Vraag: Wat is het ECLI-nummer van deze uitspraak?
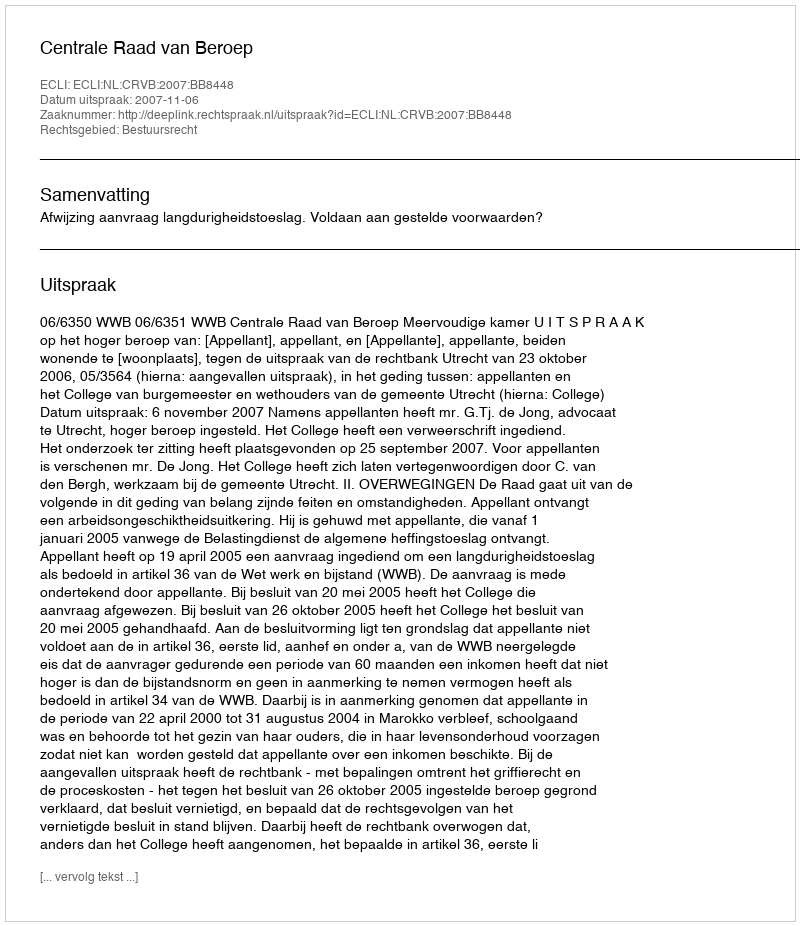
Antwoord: ECLI:NL:CRVB:2007:BB8448